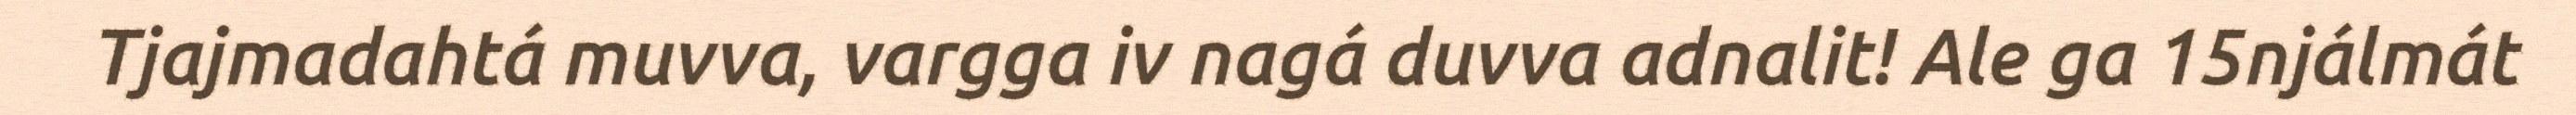
Tjajmadahtá muvva, vargga iv nagá duvva adnalit! Ale ga 15njálmát